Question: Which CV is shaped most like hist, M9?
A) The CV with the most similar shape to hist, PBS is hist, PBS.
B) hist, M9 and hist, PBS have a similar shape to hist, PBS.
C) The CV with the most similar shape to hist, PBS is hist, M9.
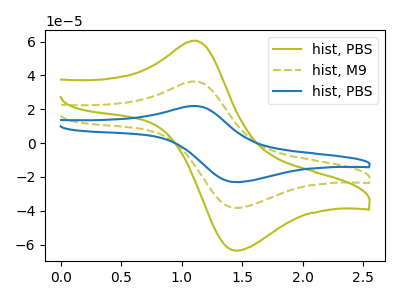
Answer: <think>The olive curve "hist, PBS" has an anodic peak at (1.10V, 60.50uA) and a cathodic peak at (1.45V, -63.50uA). The olive dashed curve "hist, M9" has an anodic peak at (1.10V, 36.45uA) and a cathodic peak at (1.45V, -38.25uA). The blue curve "hist, PBS" has an anodic peak at (1.10V, 72.90uA) and a cathodic peak at (1.45V, -76.55uA).
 All the peaks in "hist, PBS" have a peak in "hist, M9" at the same potential. Every peak in "hist, PBS" is higher than every peak in "hist, M9". All the peaks in "hist, PBS" have a peak in "hist, PBS" at the same potential. Every peak in "hist, PBS" is lower than every peak in "hist, PBS". All the peaks in "hist, M9" have a peak in "hist, PBS" at the same potential. Every peak in "hist, M9" is lower than every peak in "hist, PBS".</think>
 <answer>B) "hist, M9" and "hist, PBS" have a similar shape to "hist, PBS".</answer>
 <eval>B</eval>